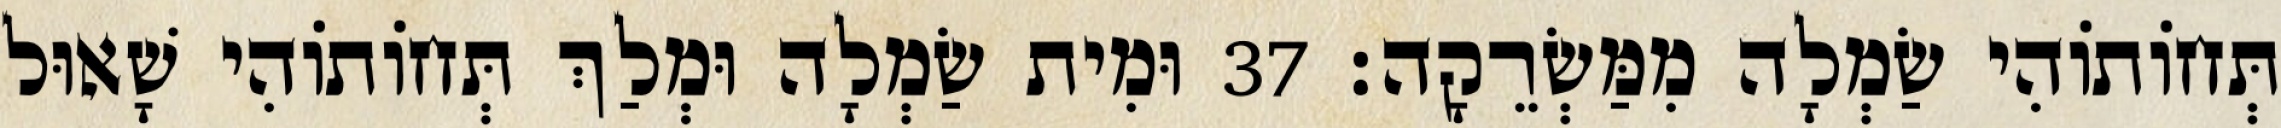
תְּחוֹתוֹהִי שַׂמְלָה מִמַּשְׂרֵקָה׃ 37 וּמִית שַׂמְלָה וּמְלַךְ תְּחוֹתוֹהִי שָׁאוּל